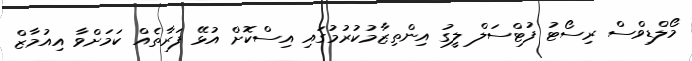
މޯލްޑިވްސް ރިސޯޓު ފުޓްސަލް ލީގު އިންތިޒާމުކުރުމުގައި އިސްކޮށް އުޅޭ ފަރާތެއް ކަމަށްވާ އިއުމާޒް